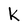
Character: k